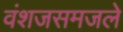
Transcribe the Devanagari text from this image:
वंशजसमजले